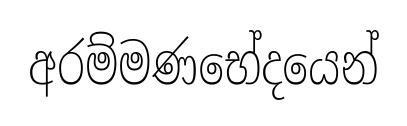
අරම්මණභේදයෙන්